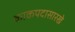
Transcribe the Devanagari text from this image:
काकपदासारखे